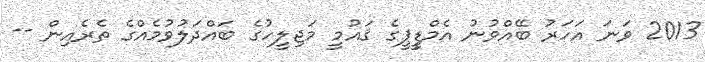
2013 ވަނަ އަހަރު ބޭއްވުނު އެމްޑީީޕީގެ ޤައުމީ މަޖިލީހުގެ ބައްދަލުވުމެެއްގެ ތެރެއިން --